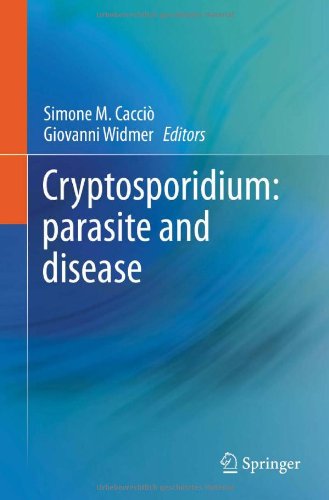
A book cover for Cryptosporidium: parasite and disease; Medical Books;